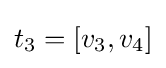
t_{3}=[v_{3},v_{4}]